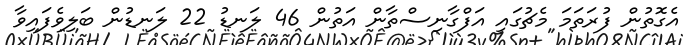
އެގޮތުން ފުރަތަމަ މެޗުގައި އަފްގާނިސްތާން އަތުން 46 ލަނޑު 22 ލަނޑުން ބަލިވެފައިވާ